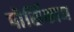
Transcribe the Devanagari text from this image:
पोर्सिकान